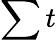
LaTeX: \sum t